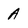
Character: A